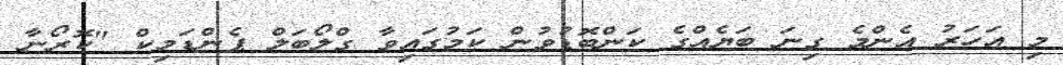
މި އަހަރު އެންމެ ގިނަ ބަޔެއްގެ ކަންބޮޑުވުން ކަމުގައިވާ ގްލޯބަލް ޕެންޑަމިކް "ކޮރޯނާ